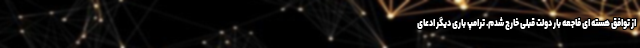
از توافق هسته ای فاجعه بار دولت قبلی خارج شدم. ترامپ باری دیگر ادعای